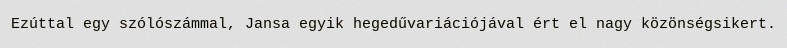
Ezúttal egy szólószámmal, Jansa egyik hegedűvariációjával ért el nagy közönségsikert.